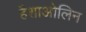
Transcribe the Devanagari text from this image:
हैशाओलिन